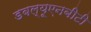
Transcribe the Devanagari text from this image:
डबल्यूएनबीटी